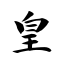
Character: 皇